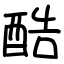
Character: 酷